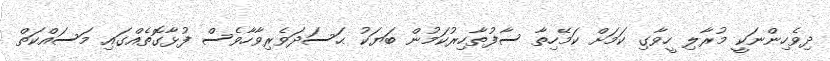
ދިވެހިންނަކީ މުރާލި ހީވާގި ކަމަށް ކަމޭހިތާ ސާފުތާހިރުކަމުން ބަޔަކު ޙަސަދަވެރިވާހާވެސް ފުޅާގޮތެއްގައި މަސައްކަތް